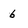
Character: 6